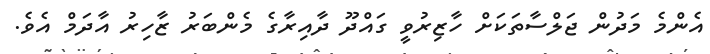
އެންމެ މަދުން ޖަލްސާތަކަށް ހާޒިރުވީ ގައްދޫ ދާއިރާގެ މެންބަރު ޒާހިރު އާދަމް އެވެ.